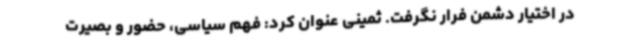
در اختیار دشمن فرار نگرفت. ثمینی عنوان کرد: فهم سیاسی، حضور و بصیرت